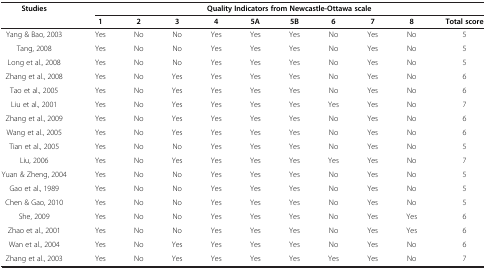
| Studies | <COLSPAN=10> Quality Indicators from Newcastle-Ottawa scale |
 |  | 1 | 2 | 3 | 4 | 5A | 5B | 6 | 7 | 8 | Total score |
 | --- | --- | --- | --- | --- | --- | --- | --- | --- | --- | --- |
 | Yang & Bao, 2003 | Yes | No | No | Yes | Yes | Yes | No | Yes | No | 5 |
 | Tang, 2008 | Yes | No | No | Yes | Yes | Yes | No | Yes | No | 5 |
 | Long et al., 2008 | Yes | No | No | Yes | Yes | Yes | No | Yes | No | 5 |
 | Zhang et al., 2008 | Yes | No | Yes | Yes | Yes | Yes | No | Yes | No | 6 |
 | Tao et al., 2005 | Yes | No | Yes | Yes | Yes | Yes | No | Yes | No | 6 |
 | Liu et al., 2001 | Yes | No | Yes | Yes | Yes | Yes | Yes | Yes | No | 7 |
 | Zhang et al., 2009 | Yes | No | Yes | Yes | Yes | Yes | No | Yes | No | 6 |
 | Wang et al., 2005 | Yes | No | Yes | Yes | Yes | Yes | No | Yes | No | 6 |
 | Tian et al., 2005 | Yes | No | No | Yes | Yes | Yes | No | Yes | No | 5 |
 | Liu, 2006 | Yes | No | Yes | Yes | Yes | Yes | Yes | Yes | No | 7 |
 | Yuan & Zheng, 2004 | Yes | No | No | Yes | Yes | Yes | No | Yes | No | 5 |
 | Gao et al., 1989 | Yes | No | No | Yes | Yes | Yes | No | Yes | No | 5 |
 | Chen & Gao, 2010 | Yes | No | No | Yes | Yes | Yes | No | Yes | No | 5 |
 | She, 2009 | Yes | No | No | Yes | Yes | Yes | No | Yes | Yes | 6 |
 | Zhao et al., 2001 | Yes | No | No | Yes | Yes | Yes | No | Yes | Yes | 6 |
 | Wan et al., 2004 | Yes | No | Yes | Yes | Yes | Yes | No | Yes | No | 6 |
 | Zhang et al., 2003 | Yes | No | Yes | Yes | Yes | Yes | Yes | Yes | No | 7 |